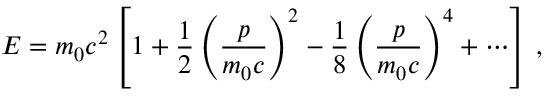
E = m _ { 0 } c ^ { 2 } \left[ 1 + { \frac { 1 } { 2 } } \left( { \frac { p } { m _ { 0 } c } } \right) ^ { 2 } - { \frac { 1 } { 8 } } \left( { \frac { p } { m _ { 0 } c } } \right) ^ { 4 } + \cdots \right] \, ,